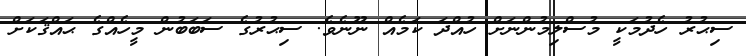
ސިޙުރު ހެދުމަކީ މުސްލިމުންނަށް ހުއްދަ ކަމެއް ނޫނެވެ. ސިޙުރުގެ ސަބަބުން މީހެއްގެ ޙައްޤަކަށް